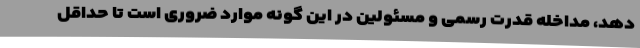
دهد، مداخله قدرت رسمی و مسئولین در این گونه موارد ضروری است تا حداقل